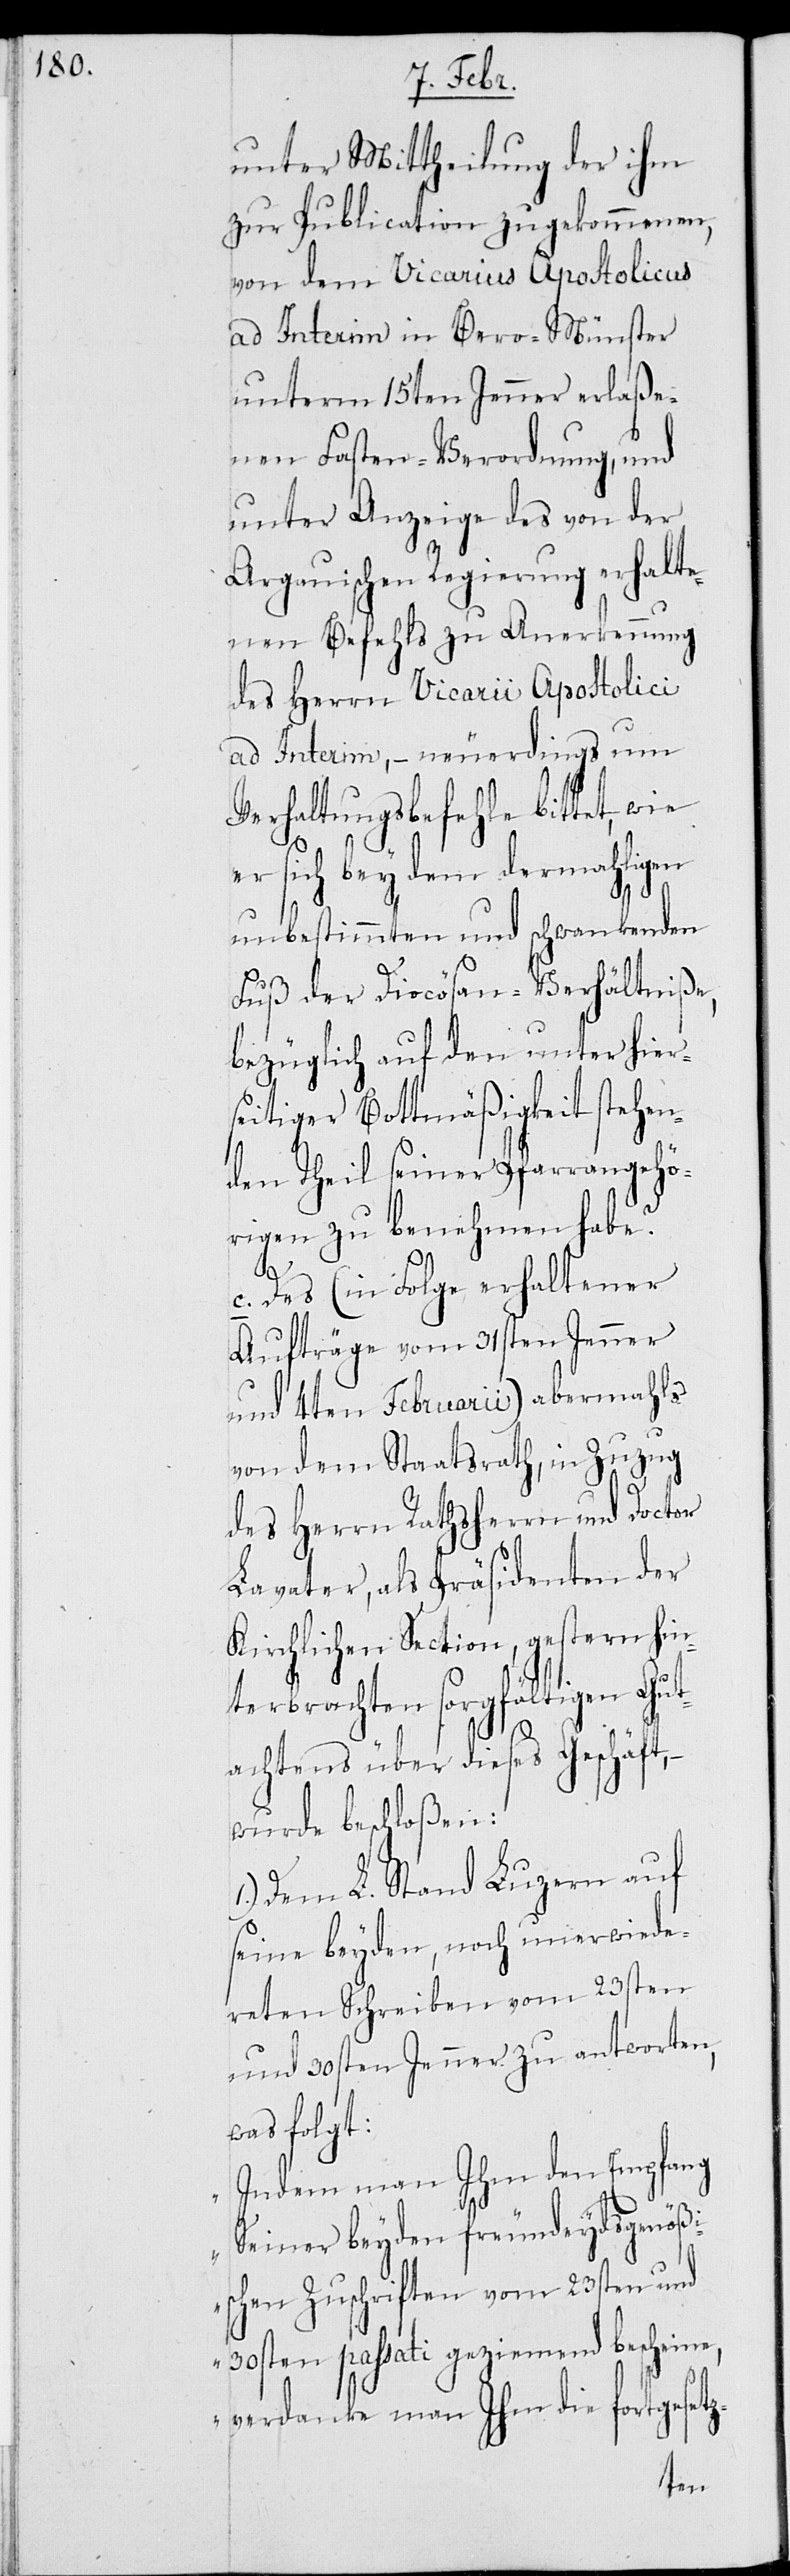
unter Mittheilung der ihm
zur Publication zugekommenen,
von dem Vicarius Apostolicus
ad Interim in Bero-Münster
unterm 15ten Jenner erlaße¬
nen Fasten-Verordnung, und
unter Anzeige des von der
Argauischen Regierung erhalte¬
nen Befehls zu Anerkennung
ad Interim, – neuerdings um
Verhaltungsbefehle bittet, wie
er sich bey dem dermahligen
unbestimmten und schwankenden
Fuß der Diocösan-Verhältniße,
bezüglich auf den unter hier¬
seitiger Bottmäßigkeit stehen¬
den Theil seiner Pfarrangehö¬
rigen zu benehmen habe.
c. Des (in Folge erhaltener
Aufträge vom 31sten Jenner
und 4ten Februarii) abermahls
von dem Staatsrath, in Zuzug
des Herrn Rathsherrn und Doctor
Lavater, als Präsidenten der
Kirchlichen Section, gestern hin¬
terbrachten sorgfältigen Gut¬
achtens über dieses Geschäft,
wurde beschloßen:
Dem L. Stand Luzern auf
seine beyden, noch unerwiede¬
reten Schreiben vom 23sten
und 30sten Jenner. zu antworten,
was folgt:
„Indem man Ihm den Empfang
z-
Seiner beyden freundeydsgenößi¬
schen Zuschriften vom 23sten und
30sten passati geziehmend bescheine,
verdanke man Ihm die fortgeset¬